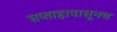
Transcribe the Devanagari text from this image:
सप्ताहापासूनच